Plague in India, 1896, 1897 - Volume 1
Year: 1896
Disease focus: Plague
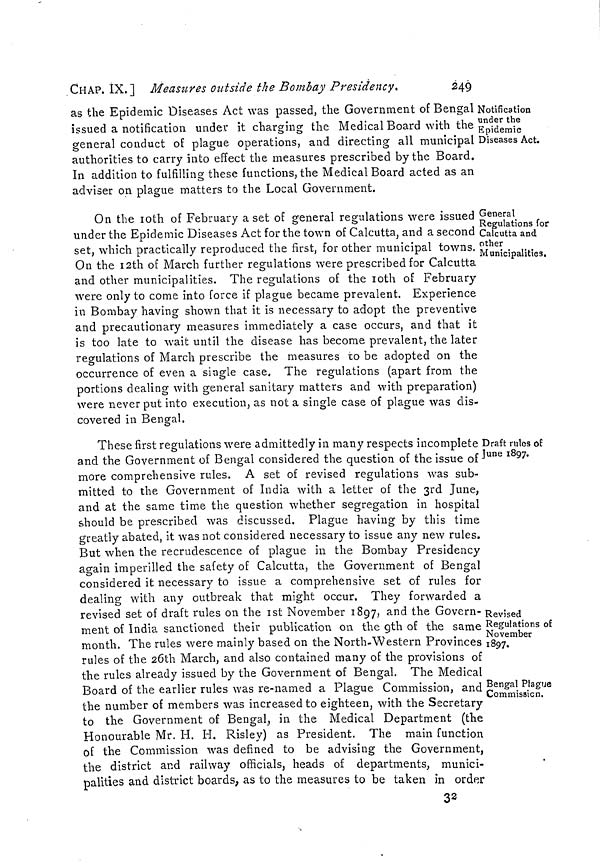
CHAP. IX. 1 Measures outside the Bombay Presidency.
249
Notification
under the
Epidemic
Diseases Act.
as the Epidemic Diseases Act was passed, the Government of Bengal
issued a notification under it charging the Medical Board with the
general conduct of plague operations, and directing all municipal
authorities to carry into effect the measures prescribed by the Board.
In addition to fulfilling these functions, the Medical Board acted as an
adviser on plague matters to the Local Government.
General
Regulations for
Calcutta and
other
Municipalities.
On the 10th of February a set of general regulations were issued
under the Epidemic Diseases Act for the town of Calcutta, and a second
set, which practically reproduced the first, for other municipal towns.
On the 12th of March further regulations were prescribed for Calcutta
and other municipalities. The regulations of the 10th of February
were only to come into force if plague became prevalent. Experience
in Bombay having shown that it is necessary to adopt the preventive
and precautionary measures immediately a case occurs, and that it
is too late to wait until the disease has become prevalent, the later
regulations of March prescribe the measures to be adopted on the
occurrence of even a single case. The regulations (apart from the
portions dealing with general sanitary matters and with preparation)
were never put into execution, as not a single case of plague was dis-
covered in Bengal,
Draft rules of
June 1897.
Revised
Regulations of
November
1897.
Bengal Plague
Commission.
These first regulations were admittedly in many respects incomplete
and the Government of Bengal considered the question of the issue of
more comprehensive rules. A set of revised regulations was sub-
mitted to the Government of India with a letter of the 3rd June,
and at the same time the question whether segregation in hospital
should be prescribed was discussed. Plague having by this time
greatly abated, it was not considered necessary to issue any new rules.
But when the recrudescence of plague in the Bombay Presidency
again imperilled the safety of Calcutta, the Government of Bengal
considered it necessary to issue a comprehensive set of rules for
dealing with any outbreak that might occur. They forwarded a
revised set of draft rules on the 1st November 1897, and the Govern-
ment of India sanctioned their publication on the 9th of the same
month. The rules were mainly based on the North-Western Provinces
rules of the 26th March, and also contained many of the provisions of
the rules already issued by the Government of Bengal, The Medical
Board of the earlier rules was re-named a Plague Commission, and
the number of members was increased to eighteen, with the Secretary
to the Government of Bengal, in the Medical Department (the
Honourable Mr. H. H. Risley) as President. The main function
of the Commission was defined to be advising the Government,
the district and railway officials, heads of departments, munici-
palities and district boards, as to the measures to be taken in order
32